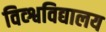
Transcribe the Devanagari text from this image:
विव्श्वविद्यालय